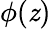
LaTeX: \phi(\mathit{z})